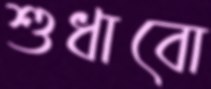
শুধাবো